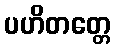
ပဟိတတ္တေ